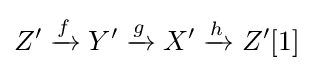
Z'\xrightarrow {f} Y'\xrightarrow {g} X'\xrightarrow {h} Z'[1]